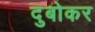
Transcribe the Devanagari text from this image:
दुबोकर